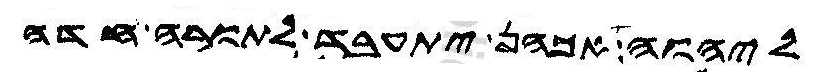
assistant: ליהוה אכהן יתעבד לתורה חדה